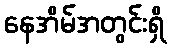
နေအိမ်အတွင်းရှိ